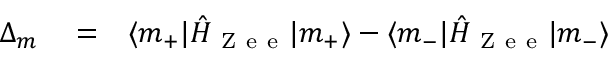
\begin{array} { r l r } { \Delta _ { m } } & { { } = } & { \langle m _ { + } | \hat { H } _ { \mathrm { ~ Z ~ e ~ e ~ } } | m _ { + } \rangle - \langle m _ { - } | \hat { H } _ { \mathrm { ~ Z ~ e ~ e ~ } } | m _ { - } \rangle } \end{array}